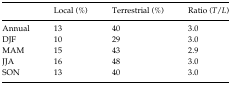
|  | Local (%) | Terrestrial (%) | Ratio (T/L) |
 | --- | --- | --- | --- |
 | Annual | 13 | 40 | 3.0 |
 | DJF | 10 | 29 | 3.0 |
 | MAM | 15 | 43 | 2.9 |
 | JJA | 16 | 48 | 3.0 |
 | SON | 13 | 40 | 3.0 |